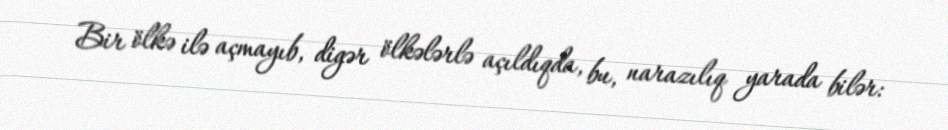
Bir ölkə ilə açmayıb, digər ölkələrlə açıldıqda, bu, narazılıq yarada bilər: